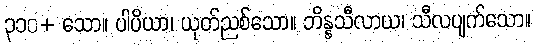
၃၁၀+ သော။ ပါပိယာ၊ ယုတ်ညစ်သော။ ဘိန္နသီလာယ၊ သီလပျက်သော။